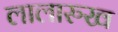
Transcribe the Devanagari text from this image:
लालारुख